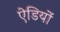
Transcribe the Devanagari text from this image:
ऐडियों